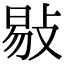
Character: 敡